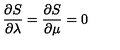
\frac { \partial S } { \partial \lambda } = \frac { \partial S } { \partial \mu } = 0